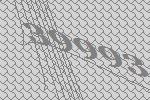
39993